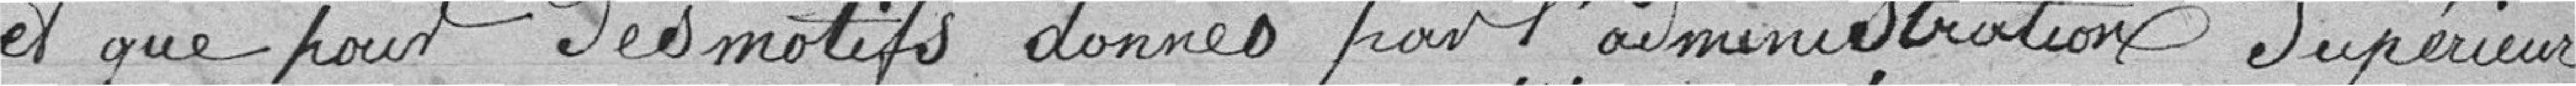
et que pour des motifs donnés par l'administration supérieure